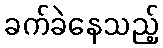
ခက်ခဲနေသည့်